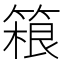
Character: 𬕤